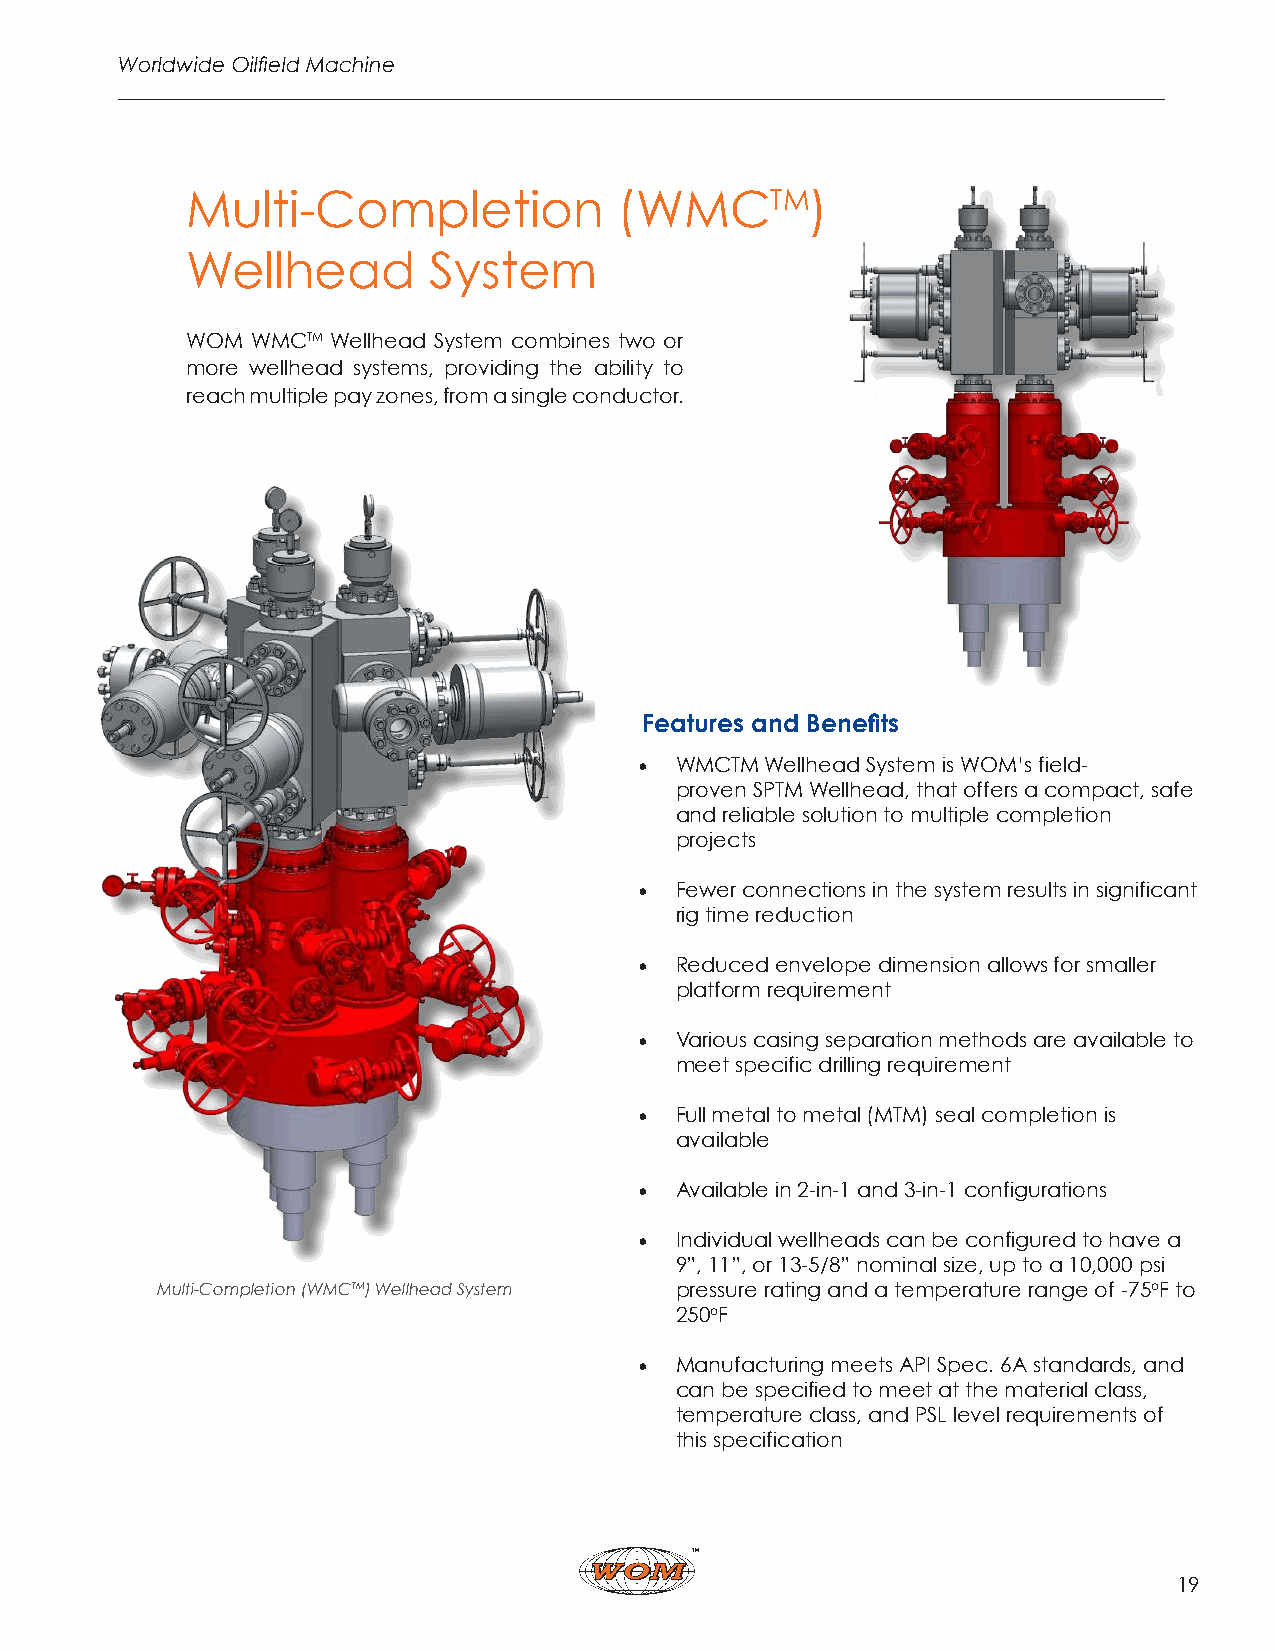
Worldwide Oilfield Machine
 Multi-Completion             (WMCTM)
 Wellhead        System
 WOM  WMCTM Wellhead System combines two or
 more wellhead systems, providing the ability to
 reach multiple pay zones, from a single conductor.
 Features and Benefits
 •  WMCTM Wellhead System is WOM’s field-
 proven SPTM Wellhead, that offers a compact, safe
 and reliable solution to multiple completion
 projects
 •  Fewer connections in the system results in significant
 rig time reduction
 •  Reduced envelope dimension allows for smaller
 platform requirement
 •  Various casing separation methods are available to
 meet specific drilling requirement
 •  Full metal to metal (MTM) seal completion is
 available
 •  Available in 2-in-1 and 3-in-1 configurations
 •  Individual wellheads can be configured to have a
 9”, 11”, or 13-5/8” nominal size, up to a 10,000 psi
 Multi-Completion (WMCTM) Wellhead System pressure rating and a temperature range of -75oF to
 250oF
 •  Manufacturing meets API Spec. 6A standards, and
 can be specified to meet at the material class,
 temperature class, and PSL level requirements of
 this specification
 19